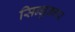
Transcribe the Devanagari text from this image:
सिन्धुनगर